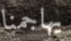
يهاجمنا